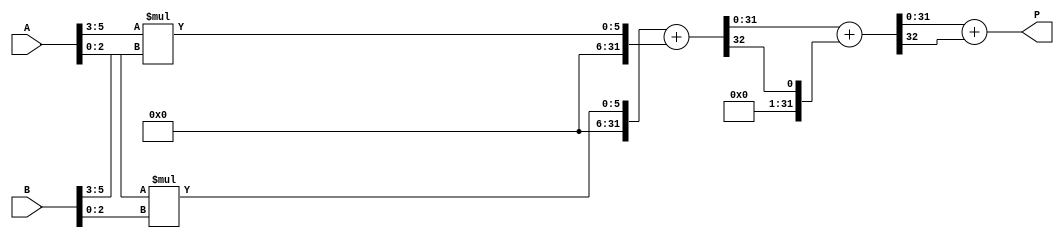
module higher_radix_wallace_tree_multiplier #(parameter N = 16) (
    input [N-1:0] A,
    input [N-1:0] B,
    output reg [2*N-1:0] P
);

    // Partial product generation for Radix-8 and Radix-16
    wire [2*N-1:0] pp [0:N/3-1]; // For Radix-8
    wire [2*N-1:0] pp16 [0:N/4-1]; // For Radix-16

    // Generate partial products for Radix-8
    genvar i;
    generate
        for (i = 0; i < N/3; i = i + 1) begin : pp_gen_radix8
            assign pp[i] = (A[(i*3)+:3] * B[(i*3)+:3]);
        end
    endgenerate

    // Generate partial products for Radix-16
    generate
        for (i = 0; i < N/4; i = i + 1) begin : pp_gen_radix16
            assign pp16[i] = (A[(i*4)+:4] * B[(i*4)+:4]);
        end
    endgenerate

    // Wallace Tree Reduction Logic
    wire [2*N-1:0] sum [0:N/3-1];
    wire [2*N-1:0] carry [0:N/3-1];

    // Sum and carry generation
    generate
        for (i = 0; i < N/3-1; i = i + 1) begin : wallace_tree_reduction
            assign {carry[i], sum[i]} = pp[i] + pp[i+1];
        end
    endgenerate

    // Final addition stage
    wire [2*N-1:0] final_sum;
    wire [2*N-1:0] final_carry;

    assign {final_carry, final_sum} = sum[0] + carry[0];

    // Output the final product
    always @(*) begin
        P = final_sum + final_carry; // Combine final results
    end

endmodule